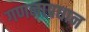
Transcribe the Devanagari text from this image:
गणनाप्रधान